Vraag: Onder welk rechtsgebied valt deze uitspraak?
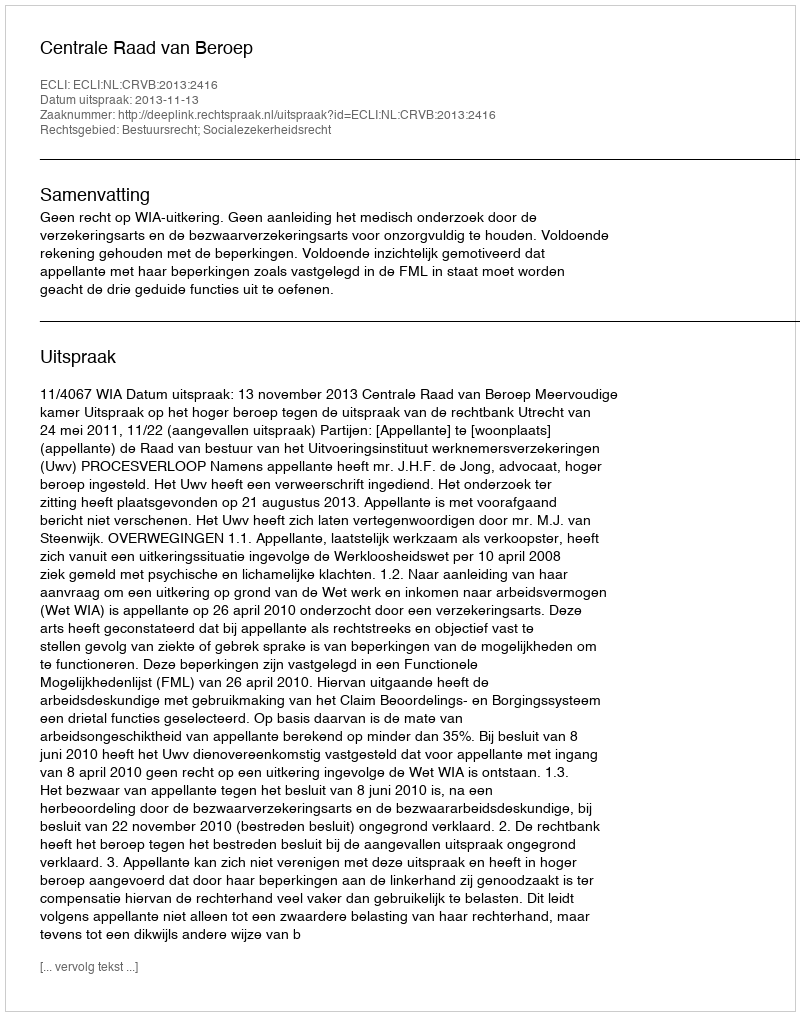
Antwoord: Bestuursrecht; Socialezekerheidsrecht